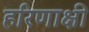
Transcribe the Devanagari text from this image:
हरिणाक्षी